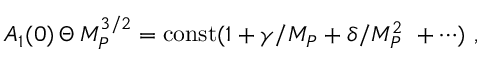
A _ { 1 } ( 0 ) \, \Theta \, M _ { P } ^ { 3 / 2 } = \mathrm { c o n s t } ( 1 + \gamma / M _ { P } + \delta / M _ { P } ^ { 2 } \ + \cdots ) \ ,